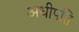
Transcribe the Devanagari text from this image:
अधीपति